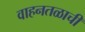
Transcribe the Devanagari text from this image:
वाहनतळाची